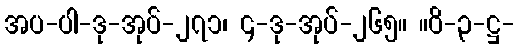
အပ-ပါ-ဒု-အုပ်-၂၇၁၊ ၄-ဒု-အုပ်-၂၆၅။ ။ဝိ-၃-ဋ္ဌ-